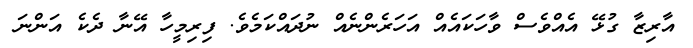
އާރިޒާ ގުޅޭ އެއްވެސް ވާހަކައެއް އަހަރެންނެއް ނުދައްކަމެވެ. ފިރިމީހާ އޭނާ ދެކެ އަންނަ